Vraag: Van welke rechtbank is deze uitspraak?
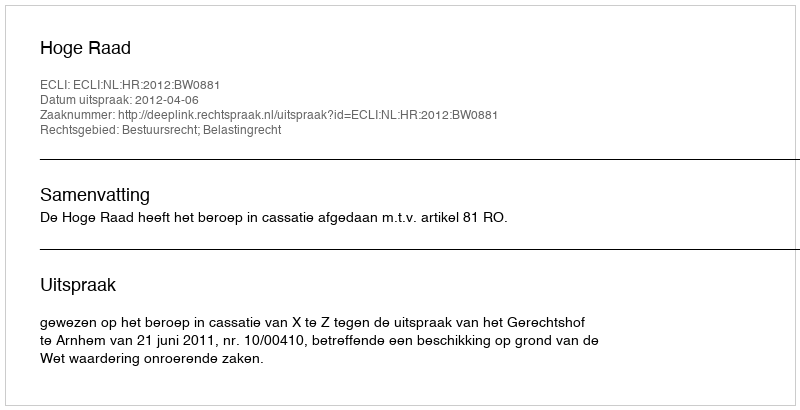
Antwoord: Hoge Raad